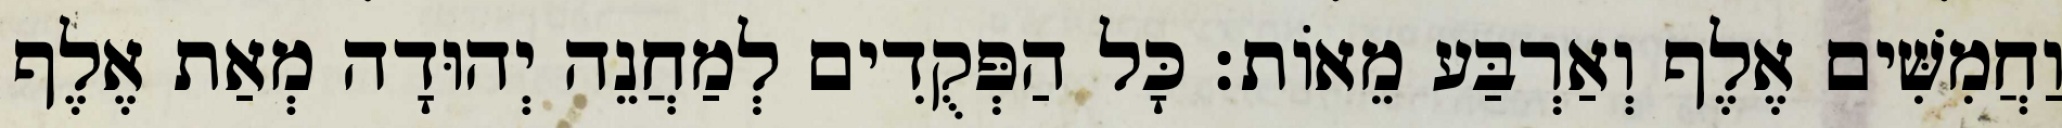
וַחֲמִשִּׁים אֶלֶף וְאַרְבַּע מֵאוֹת׃ כָּל הַפְּקֻדִים לְמַחֲנֵה יְהוּדָה מְאַת אֶלֶף